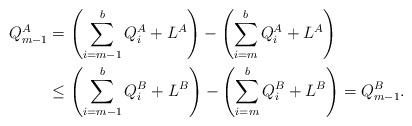
LaTeX: \begin{align*}Q_{m-1}^{A}&=\left(\sum_{i=m-1}^b Q_i^{A}+L^A\right)-\left(\sum_{i=m}^b Q_i^{A}+L^A\right)\\&\leq \left(\sum_{i=m-1}^b Q_i^{B}+L^B\right)-\left(\sum_{i=m}^b Q_i^{B}+L^B\right)= Q_{m-1}^{B}.\end{align*}